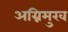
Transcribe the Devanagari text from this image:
अग्निमुख